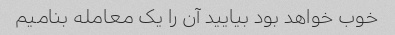
خوب خواهد بود بیایید آن را یک معامله بنامیم